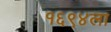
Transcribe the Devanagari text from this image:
१६९४ला